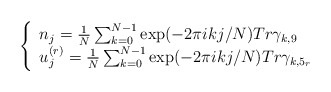
\begin{align*}\left \{ \begin{array}{l} n_{j} = \frac{1}{N} \sum^{N-1}_{k=0} \exp( - 2 \pi i k j /N ) Tr\gamma_{k,9} \\ u^{(r)}_{j} = \frac{1}{N}\sum^{N-1}_{k=0} \exp ( - 2 \pi i k j /N ) Tr\gamma_{k,5_{r}}\end{array} \right.\end{align*}